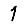
Digit: 1